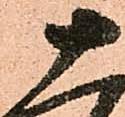
十